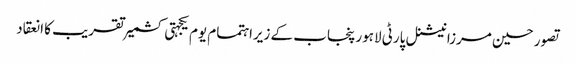
تصور حسین مرزا	 نیشنل پارٹی لاہور پنجاب کے زیراہتمام یوم یکجہتی کشمیر تقریب کا انعقاد